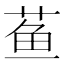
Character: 𬝁